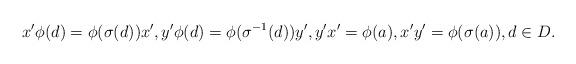
LaTeX: \begin{align*} x'\phi(d)=\phi(\sigma(d))x', y'\phi(d)=\phi(\sigma^{-1}(d))y', y'x'=\phi(a), x'y'=\phi(\sigma(a)), d\in D. \end{align*}